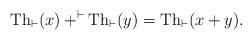
LaTeX: \begin{align*} \mathrm{Th}_\vdash(x)+^{\vdash}\mathrm{Th}_\vdash(y) = \mathrm{Th}_\vdash(x+y).\end{align*}